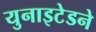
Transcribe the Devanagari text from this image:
युनाइटेडने